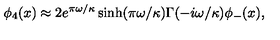
\phi _ { 4 } ( x ) \approx 2 e ^ { \pi \omega / \kappa } \sinh ( \pi \omega / \kappa ) \Gamma ( - i \omega / \kappa ) \phi _ { - } ( x ) ,